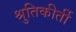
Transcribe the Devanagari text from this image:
श्रुतिकीर्ती